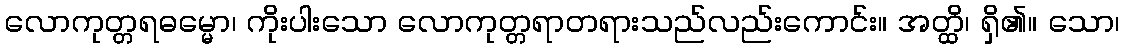
လောကုတ္တရဓမ္မော၊ ကိုးပါးသော လောကုတ္တရာတရားသည်လည်းကောင်း။ အတ္ထိ၊ ရှိ၏။ သော၊